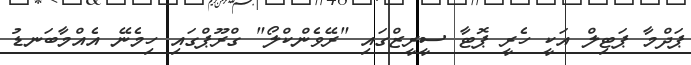
ޕަދްމާ ޕަޓިލް އަކީ ހެރީ ޕޮޓާ ސީރީޒްގައި "ރޭވެންކްލޯ" ގްރޫޕްގައި ހިމެނޭ އެއްމާބަނޑު